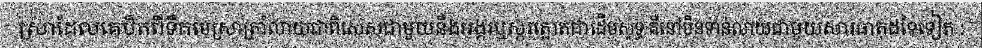
ស្រាដែលគេបិតពីទឹកមេស្រាត្រាំលាយជាពិសេសជាមួយនឹងអង្ករឬស្ករត្នោតជាដើមសុទ្ធ គឺនៅមិនទាន់លាយជាមួយសារធាតុដទៃទៀត :